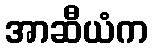
အာဆီယံက